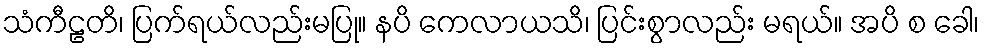
သံကီဠတိ၊ ပြက်ရယ်လည်းမပြု။ နပိ ကေလာယသိ၊ ပြင်းစွာလည်း မရယ်။ အပိ စ ခေါ၊